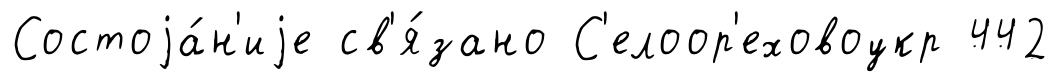
Состоjа́н'иjе св'я́зано С'елоор'еховоукр 442